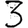
Digit: 3